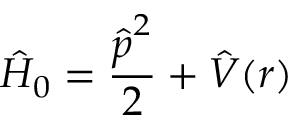
\hat { H } _ { 0 } = \frac { \boldsymbol { \hat { p } } ^ { 2 } } { 2 } + \hat { V } ( \boldsymbol { r } )